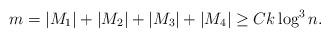
LaTeX: \begin{align*} m = |M_1|+ |M_2|+ |M_3|+ |M_4| \geq Ck\log^3 n.\end{align*}